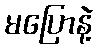
မပြောနဲ့